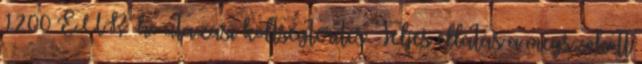
1200 EUR hó utazási költségtérítés. Teljes ellátás a megszokott